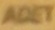
ADET